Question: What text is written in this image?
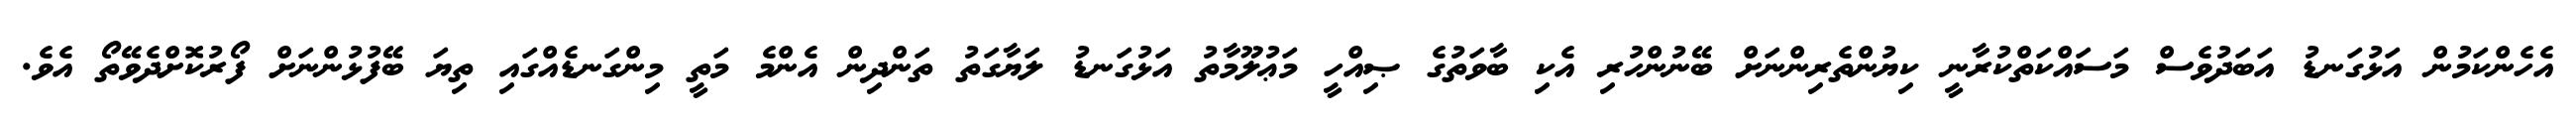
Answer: އެހެންކަމުން އަޅުގަނޑު އަބަދުވެސް މަސައްކަތްކުރާނީ ކިޔުންތެރިންނަށް ބޭނުންހުރި އެކި ބާވަތުގެ ޞިއްހީ މަޢުލޫމާތު އަޅުގަނޑު ލަޔާގަތު ތަންދިން އެންމެ މަތީ މިންގަނޑެއްގައި ތިޔަ ބޭފުޅުންނަށް ފޯރުކޮށްދެވޭތޯ އެވެ.